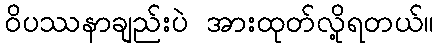
ဝိပဿနာချည်းပဲ အားထုတ်လို့ရတယ်။